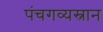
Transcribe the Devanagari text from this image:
पंचगव्यस्नान